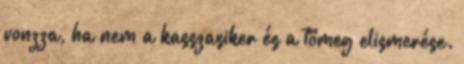
vonzza, ha nem a kasszasiker és a tömeg elismerése.